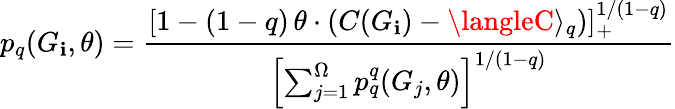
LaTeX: p_{q}(G_{\mathbf{i}},\theta)=\frac{{[1-(1-q)\, \theta\cdot(C(G_{\mathbf{i}})-\langleC\rangle_{q})]_{+}^{{1}/{(1-q)}}}}{{\left[\sum_{j=1}^{\Omega}p_{q}^{q}(G_{j},\theta)\right]^{{1}/{(1-q)}}}}